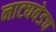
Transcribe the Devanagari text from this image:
नाट्यवेडच